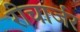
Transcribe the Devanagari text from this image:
रीचार्जर